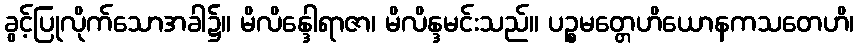
ခွင့်ပြုလိုက်သောအခါ၌။ မိလိန္ဒေါရာဇာ၊ မိလိန္ဒမင်းသည်။ ပဉ္စမတ္တေဟိယောနကသတေဟိ၊